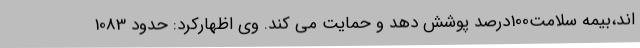
اند،بیمه سلامت100درصد پوشش دهد و حمایت می کند. وی اظهارکرد: حدود 1083